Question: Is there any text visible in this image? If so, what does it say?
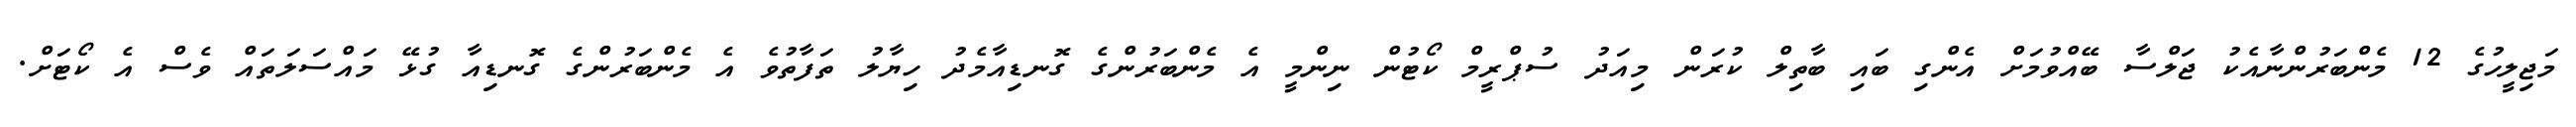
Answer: މަޖިލީހުގެ 12 މެންބަރުންނާއެކު ޖަލްސާ ބޭއްވުމަށް އެންގި ބައި ބާތިލް ކުރަން މިއަދު ސުޕްރީމް ކޯޓުން ނިންމީ އެ މެންބަރުންގެ ގޮނޑިއާމެދު ހިޔާލު ތަފާތުވެ އެ މެންބަރުންގެ ގޮނޑިއާ ގުޅޭ މައްސަލަތައް ވެސް އެ ކޯޓަށް.